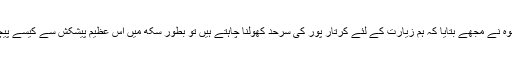
جب جنرل باجوہ نے مجھے بتایا کہ ہم زیارت کے لئے کرتار پور کی سرحد کھولنا چاہتے ہیں تو بطور سکھ میں اس عظیم پیشکش سے کیسے پیچھے ہٹ جاتا؟